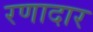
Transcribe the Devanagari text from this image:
रणादार